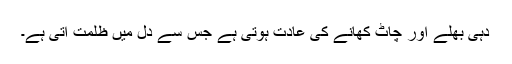
دہی بھلے اور چاٹ کھانے کی عادت ہوتی ہے جس سے دل میں ظلمت آتی ہے۔